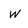
Character: w